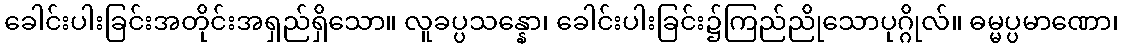
ခေါင်းပါးခြင်းအတိုင်းအရှည်ရှိသော။ လူခပ္ပသန္နော၊ ခေါင်းပါးခြင်း၌ကြည်ညိုသောပုဂ္ဂိုလ်။ ဓမ္မပ္ပမာဏော၊